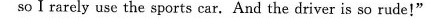
so I rarely use the sports car. And the driver is so rude!"